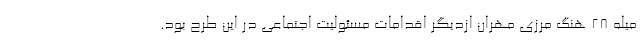
میله 28 هنگ مرزی مهران ازدیگر اقدامات مسئولیت اجتماعی در این طرح بود.